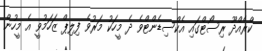
ކްރެއްދޫ ރިސޯޓްގައި އެކްސިޑެންޓްވެ ދެ މީހަކު މަރުވެ ފިލިޕް ޒަހަމުވީ އެ މީހުން